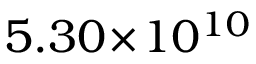
5 . 3 0 \! \times \! 1 0 ^ { 1 0 }